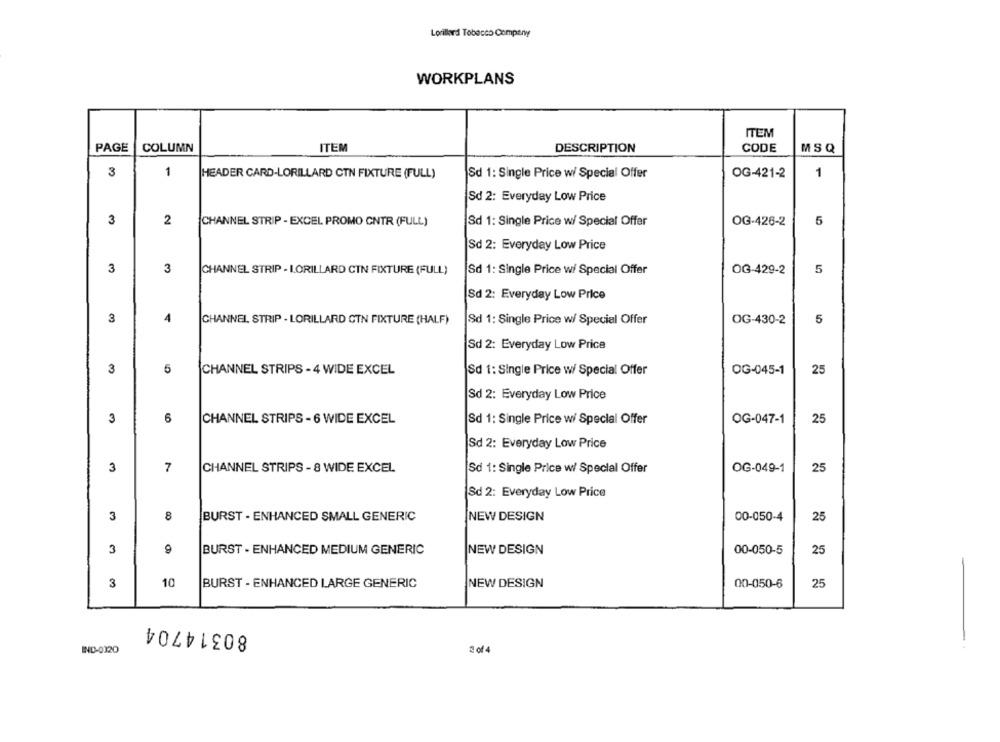
Lorillard Tobacco Company
WORKPLANS
ITEM
PAGE
COLUMN
ITEM
DESCRIPTION
CODE
MS Q
3
1
HEADER CARD-LORILLARD CTN FIXTURE (FULL)
Sd 1: Single Price w/ Special Offer
OG-421-2
1
Sd 2: Everyday Low Price
3
2
CHANNEL STRIP - EXCEL PROMO CNTR (FULL)
Sd 1: Single Price w/ Special Offer
OG-426-2
5
Sd 2: Everyday Low Price
3
3
CHANNEL STRIP - LORILLARD CIN FIXTURE (FULL)
Sd 1: Single Price wi Special Offer
OG-429-2
5
Sd 2: Everyday Low Price
3
4
5
CHANNEL STRIP - LORILLARD CTN FIXTURE (HALF)
Sd 1: Single Price w/ Special Offer
OG-430-2
Sd 2: Everyday Low Price
3
5
CHANNEL STRIPS - 4 WIDE EXCEL
Sd 1: Single Price w/ Special Offer
OG-045-1
25
Sd 2: Everyday Low Price
3
6
CHANNEL STRIPS - 6 WIDE EXCEL
Sd 1: Single Price wi Special Offer
OG-047-1
25
Sd 2: Everyday Low Price
3
OG-049-1
7
CHANNEL STRIPS - 8 WIDE EXCEL
Sd 1: Single Price w/ Special Offer
25
Sd 2: Everyday Low Price
3
8
BURST - ENHANCED SMALL GENERIC
NEW DESIGN
00-050-4
25
3
9
00-050-5
BURST - ENHANCED MEDIUM GENERIC
NEW DESIGN
25
3
10
BURST - ENHANCED LARGE GENERIC
NEW DESIGN
00-050-6
25
80314704
IND-0320
2 of 4